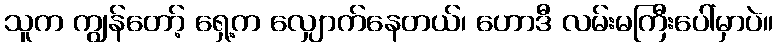
သူက ကျွန်တော့် ရှေ့က လျှောက်နေတယ်၊ ဟောဒီ လမ်းမကြီးပေါ်မှာပဲ။